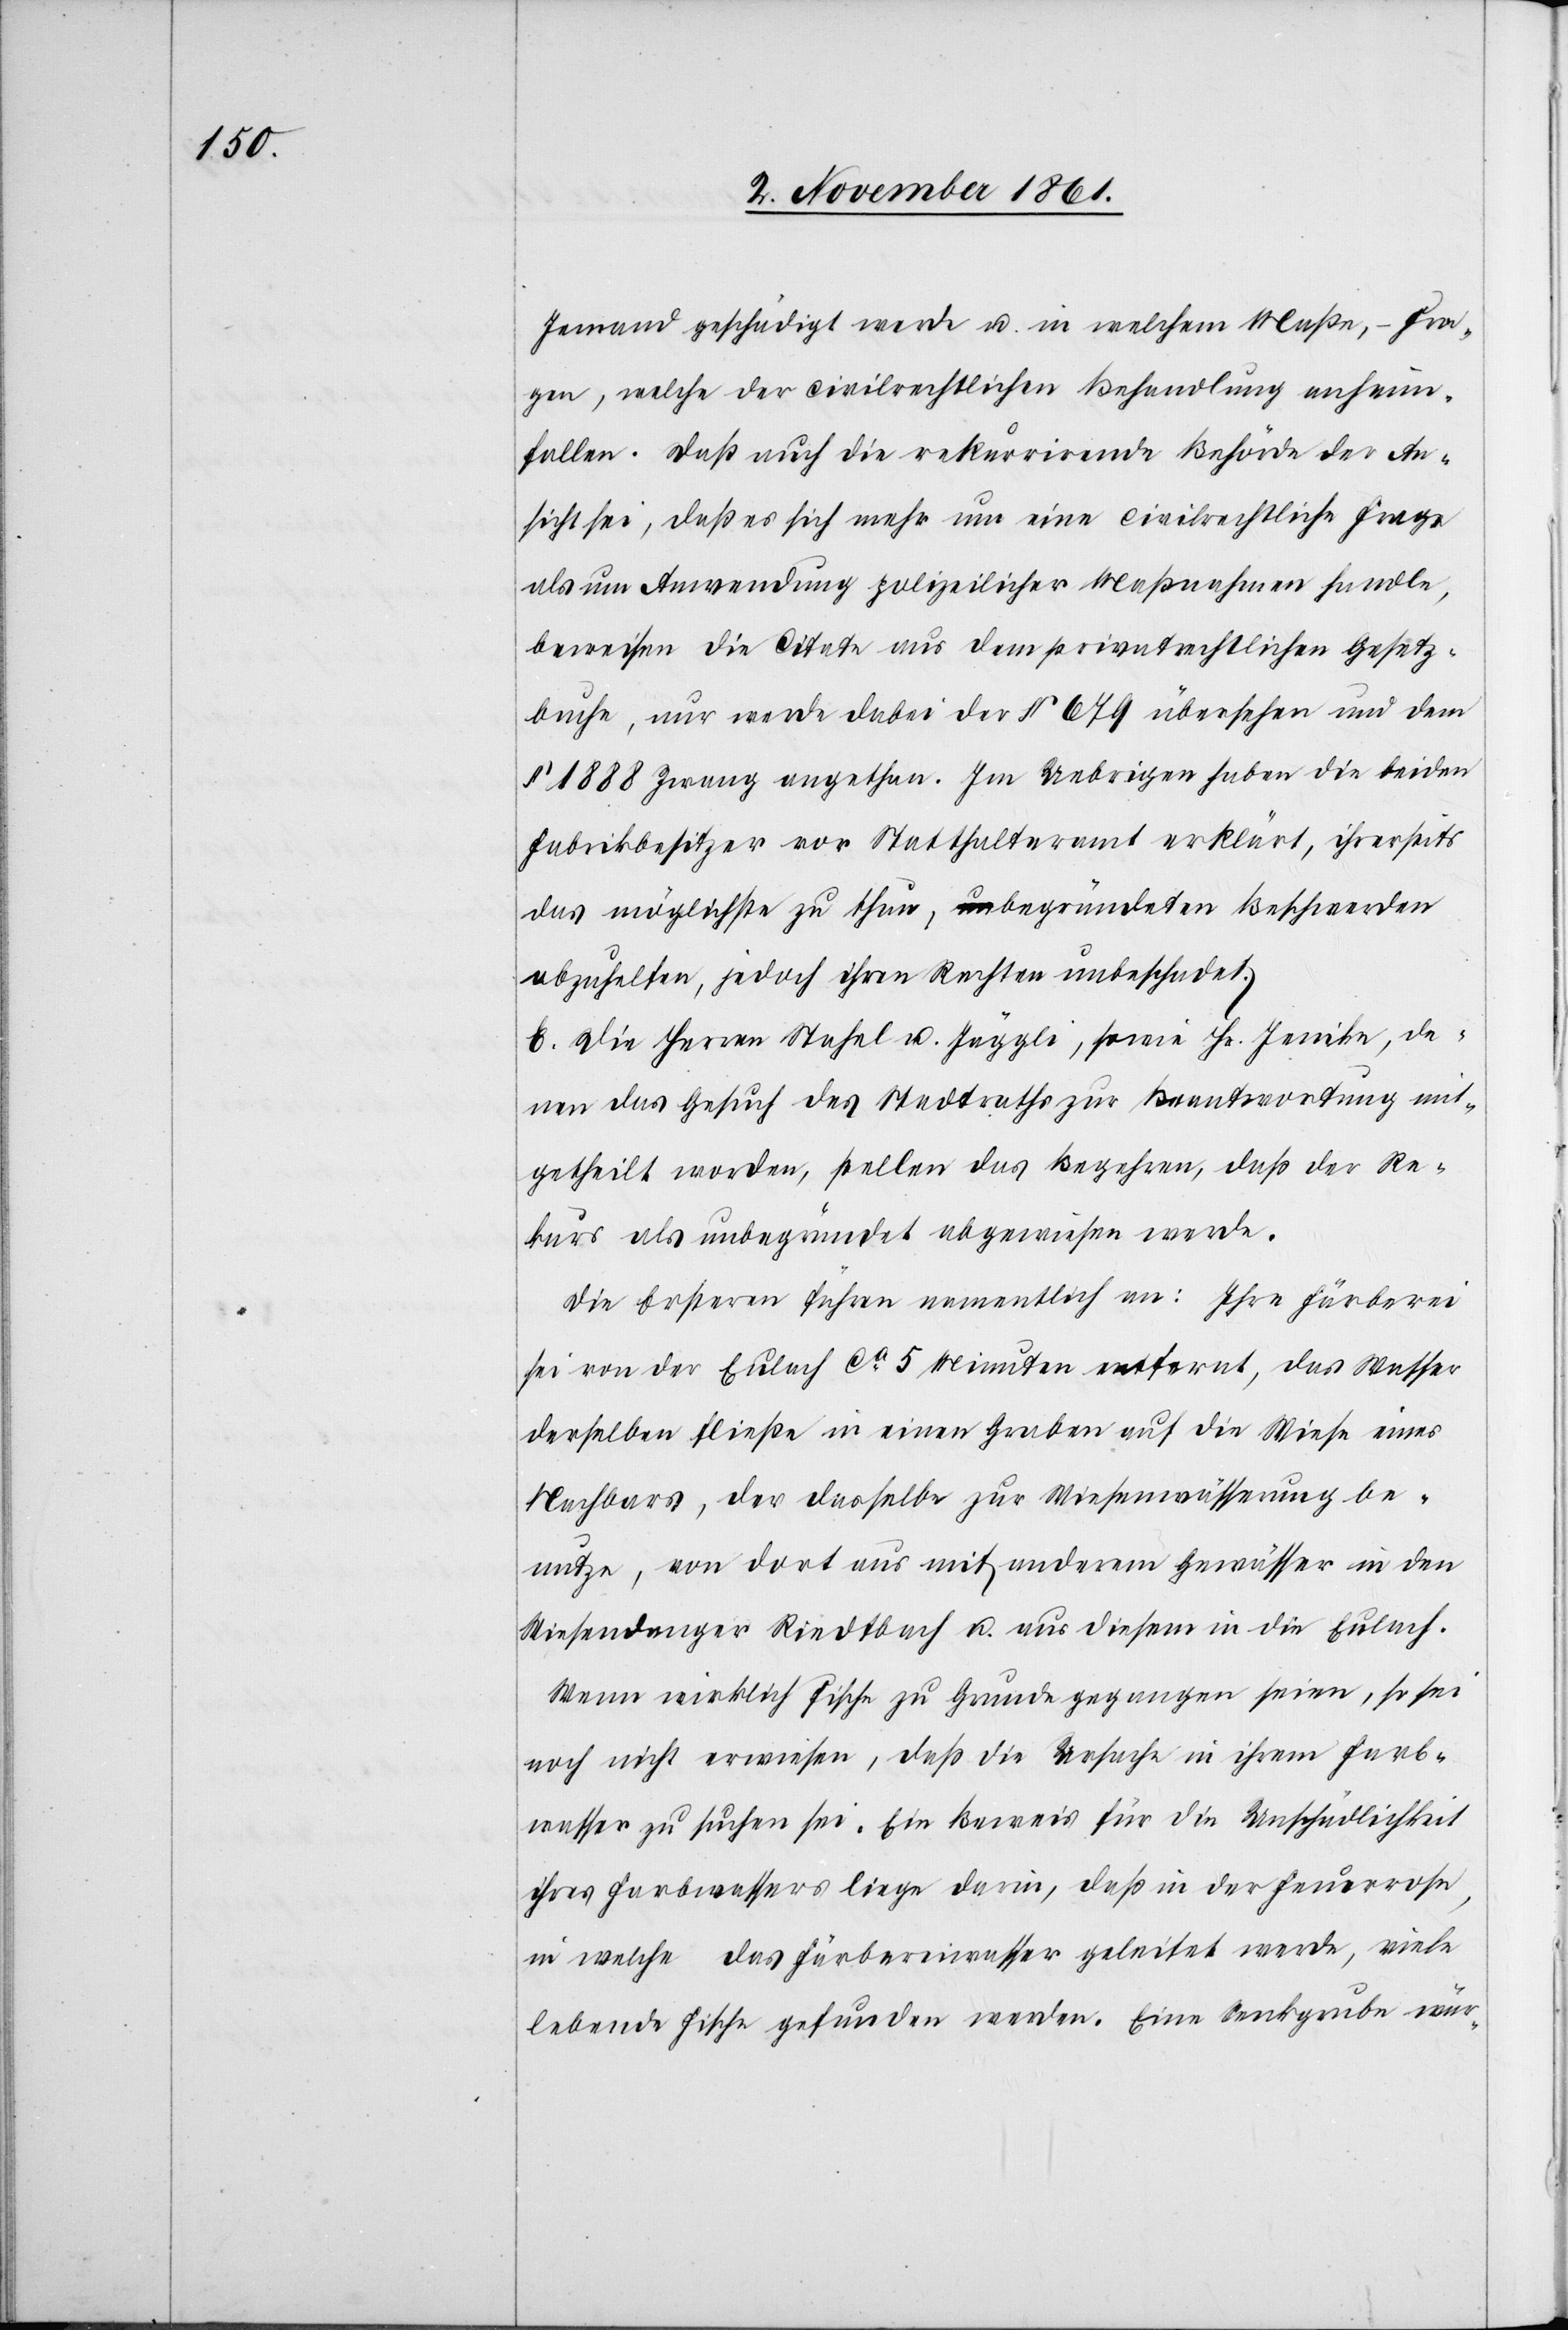
Jemand geschädigt werde u. in welchem Maße, – Fra¬
gen, welche der civilrechtlichen Behandlung anheim¬
fallen. Daß auch die rekurrirende Behörde der An¬
sicht sei, daß es sich mehr um eine civilrechtliche Frage
als um Anwendung polizeilicher Maßnahmen handle,
beweisen die Citate aus dem privatrechtlichen Gesetz¬
buche, nur werde dabei der § 679 übersehen und dem
§ 1888 Zwang angethan. Im Uebrigen haben die beiden
Fabrikbesitzer vor Statthalteramt erklärt, ihrerseits
das möglichste zu thun, begründeten Beschwerden
abzuhelfen jedoch ihren Rechten unbeschadet.
E. Die Herren Stahel u. Jäggli, sowie Hr. Jenike, de¬
nen das Gesuch des Stadtrathes zur Beantwortung mit¬
getheilt worden, stellen das Begehren, daß der Re¬
kurs als unbegründet abgewiesen werde.
Die Ersteren führen namentlich an: Ihre Färberei
sei von der Eulach ca 5 Minuten entfernt, das Wasser
derselben fließe in einen Graben auf die Wiese eines
Nachbars, der dasselbe zur Wiesenwässerung be¬
nutze, von dort aus mit anderm Gewässer in den
Wiesendanger Riedtbach u. aus diesem in die Eulach.
Wenn wirklich Fische zu Grunde gegangen seien, so sei
noch nicht erwiesen, daß die Ursache in ihrem Farb¬
wasser zu suchen sei. Ein Beweis für die Unschädlichkeit
ihres Farbwassers liege darin, daß in der Feuerrose,
in welche das Färbereiwasser geleitet werde, viele
lebende Fische gefunden werden. Eine Senkgrube wür-